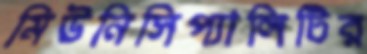
মিউনিসিপ্যালিটির